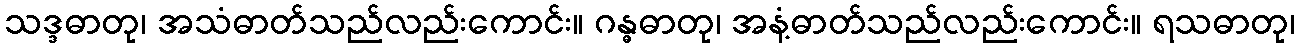
သဒ္ဒဓာတု၊ အသံဓာတ်သည်လည်းကောင်း။ ဂန္ဓဓာတု၊ အနံ့ဓာတ်သည်လည်းကောင်း။ ရသဓာတု၊